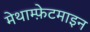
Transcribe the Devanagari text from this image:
मेथाम्फ़ेटमाइन